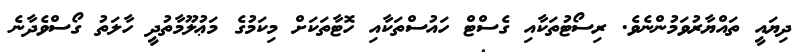
ދިޔައީ ތައްޔާރުވަމުންނެވެ. ރިސޯޓުތަކާއި ގެސްޓް ހައުސްތަކާއި ހޮޓާތަކަށް މިކަމުގެ މަޢުލޫމާތުދީ ހާލަތު ގޯސްވެދާނެ